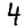
Digit: 4